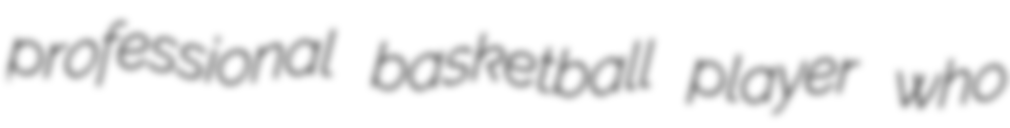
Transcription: professional basketball player who